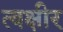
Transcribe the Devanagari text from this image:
त्वक्षीर